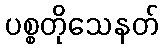
ပစ္စတိုသေနတ်